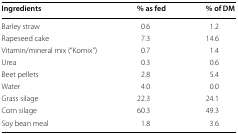
<table><thead><tr><td><b>Ingredients</b></td><td><b>% as fed</b></td><td><b>% of DM</b></td></tr></thead><tbody><tr><td>Barley straw</td><td>0.6</td><td>1.2</td></tr><tr><td>Rapeseed cake</td><td>7.3</td><td>14.6</td></tr><tr><td>Vitamin/mineral mix (“Komix”)</td><td>0.7</td><td>1.4</td></tr><tr><td>Urea</td><td>0.3</td><td>0.6</td></tr><tr><td>Beet pellets</td><td>2.8</td><td>5.4</td></tr><tr><td>Water</td><td>4.0</td><td>0.0</td></tr><tr><td>Grass silage</td><td>22.3</td><td>24.1</td></tr><tr><td>Corn silage</td><td>60.3</td><td>49.3</td></tr><tr><td>Soy bean meal</td><td>1.8</td><td>3.6</td></tr></tbody></table>